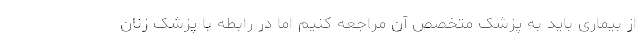
از بیماری باید به پزشک متخصص آن مراجعه کنیم اما در رابطه با پزشک زنان